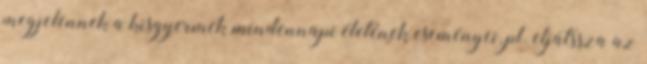
megjelennek a kisgyermek mindennapi életének eseményei, pl. eljátssza az